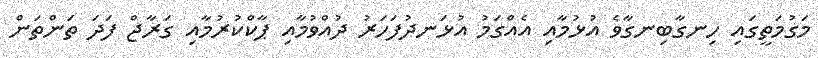
މަގުމަތީގައި ހިނގާބިނގާވެ އުޅުމާއި އެއްގަމު އުޅަނދުފަހަރު ދުއްވުމާއި ޕާކްކުރުމާއި ގަރާޖް ފަދަ ތަންތަން